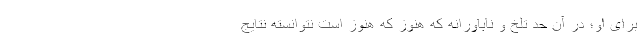
برای او؛ در آن حد تلخ و ناباورانه که هنوز که هنوز است نتوانسته نتایج